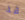
قد